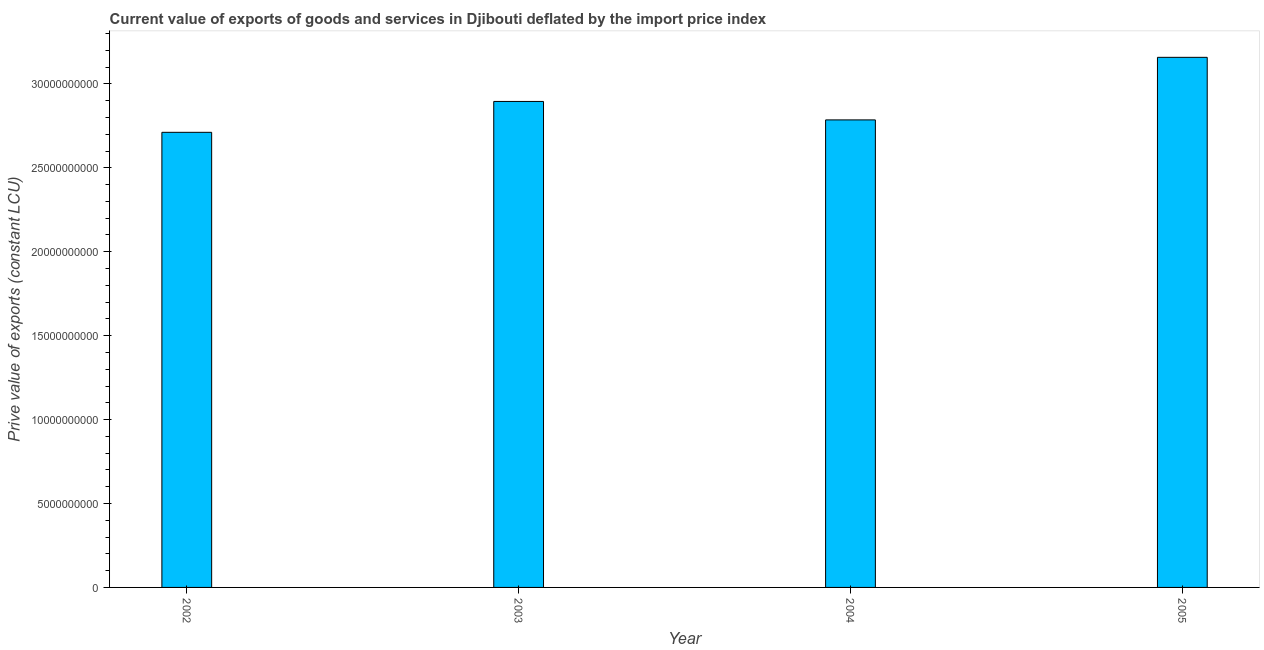
| Year | Exports as a capacity to import (constant LCU) |
 | --- | --- |
 | 2002 | 2.71e+10 |
 | 2003 | 2.9e+10 |
 | 2004 | 2.79e+10 |
 | 2005 | 3.16e+10 |